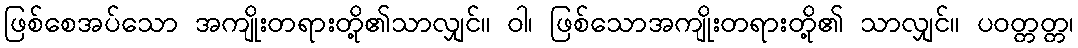
ဖြစ်စေအပ်သော အကျိုးတရားတို့၏သာလျှင်။ ဝါ၊ ဖြစ်သောအကျိုးတရားတို့၏ သာလျှင်။ ပဝတ္တတ္တ၊